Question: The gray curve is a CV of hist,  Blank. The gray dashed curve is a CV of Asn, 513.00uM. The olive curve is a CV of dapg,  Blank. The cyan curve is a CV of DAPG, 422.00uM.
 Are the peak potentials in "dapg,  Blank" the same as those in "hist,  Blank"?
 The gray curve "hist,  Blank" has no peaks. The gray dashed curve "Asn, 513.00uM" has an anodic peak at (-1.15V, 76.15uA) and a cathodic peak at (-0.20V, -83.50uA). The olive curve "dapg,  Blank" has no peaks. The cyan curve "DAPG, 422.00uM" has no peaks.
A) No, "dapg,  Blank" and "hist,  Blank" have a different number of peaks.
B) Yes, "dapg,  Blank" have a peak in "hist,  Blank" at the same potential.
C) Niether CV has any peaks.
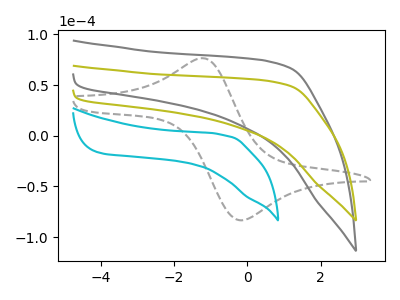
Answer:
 <answer>C) Niether CV has any peaks.</answer>
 <eval>C</eval>